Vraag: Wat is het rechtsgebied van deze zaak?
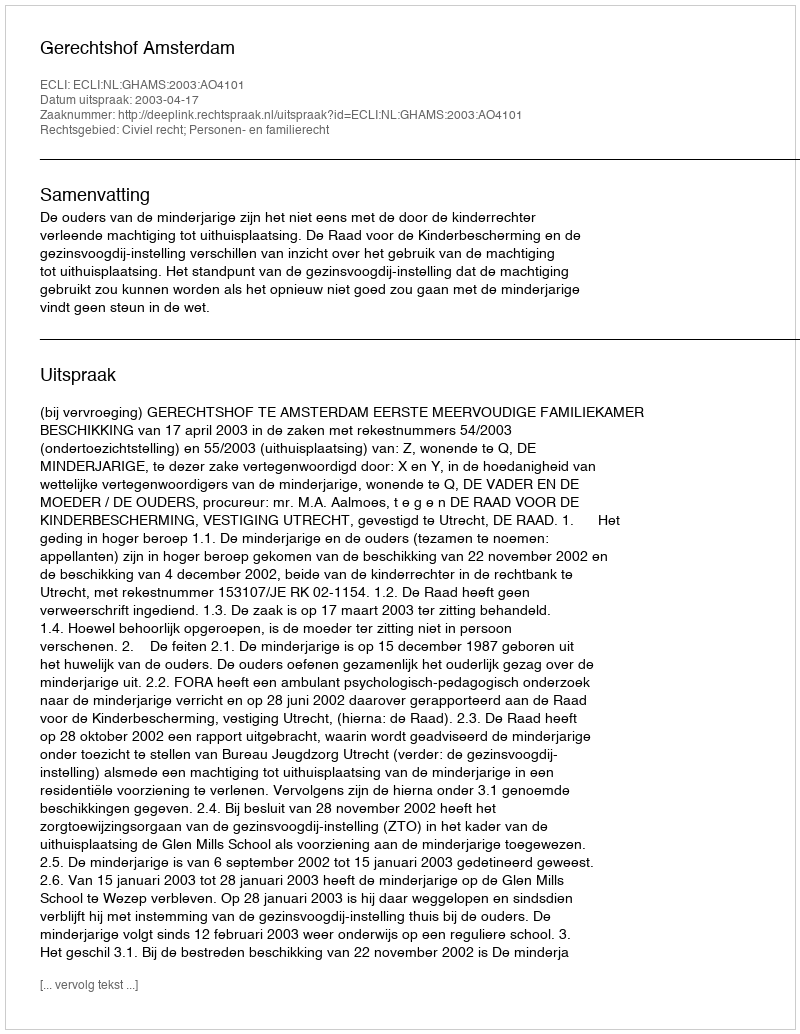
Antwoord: Civiel recht; Personen- en familierecht